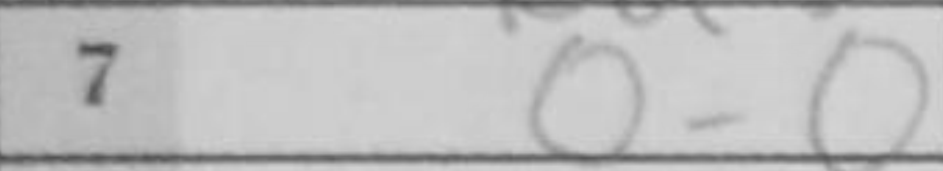
Transcription: O-O